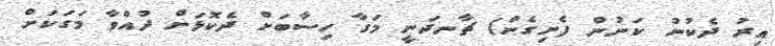
އިރު ދެކުނު ކަނުން ފެށިގެން) ޗާނދަނީ މަގާ ހިސާބަށް ދެކޮޅަށް ދުއްވާ މަގަކަށް